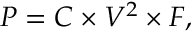
P = C \times V ^ { 2 } \times F ,